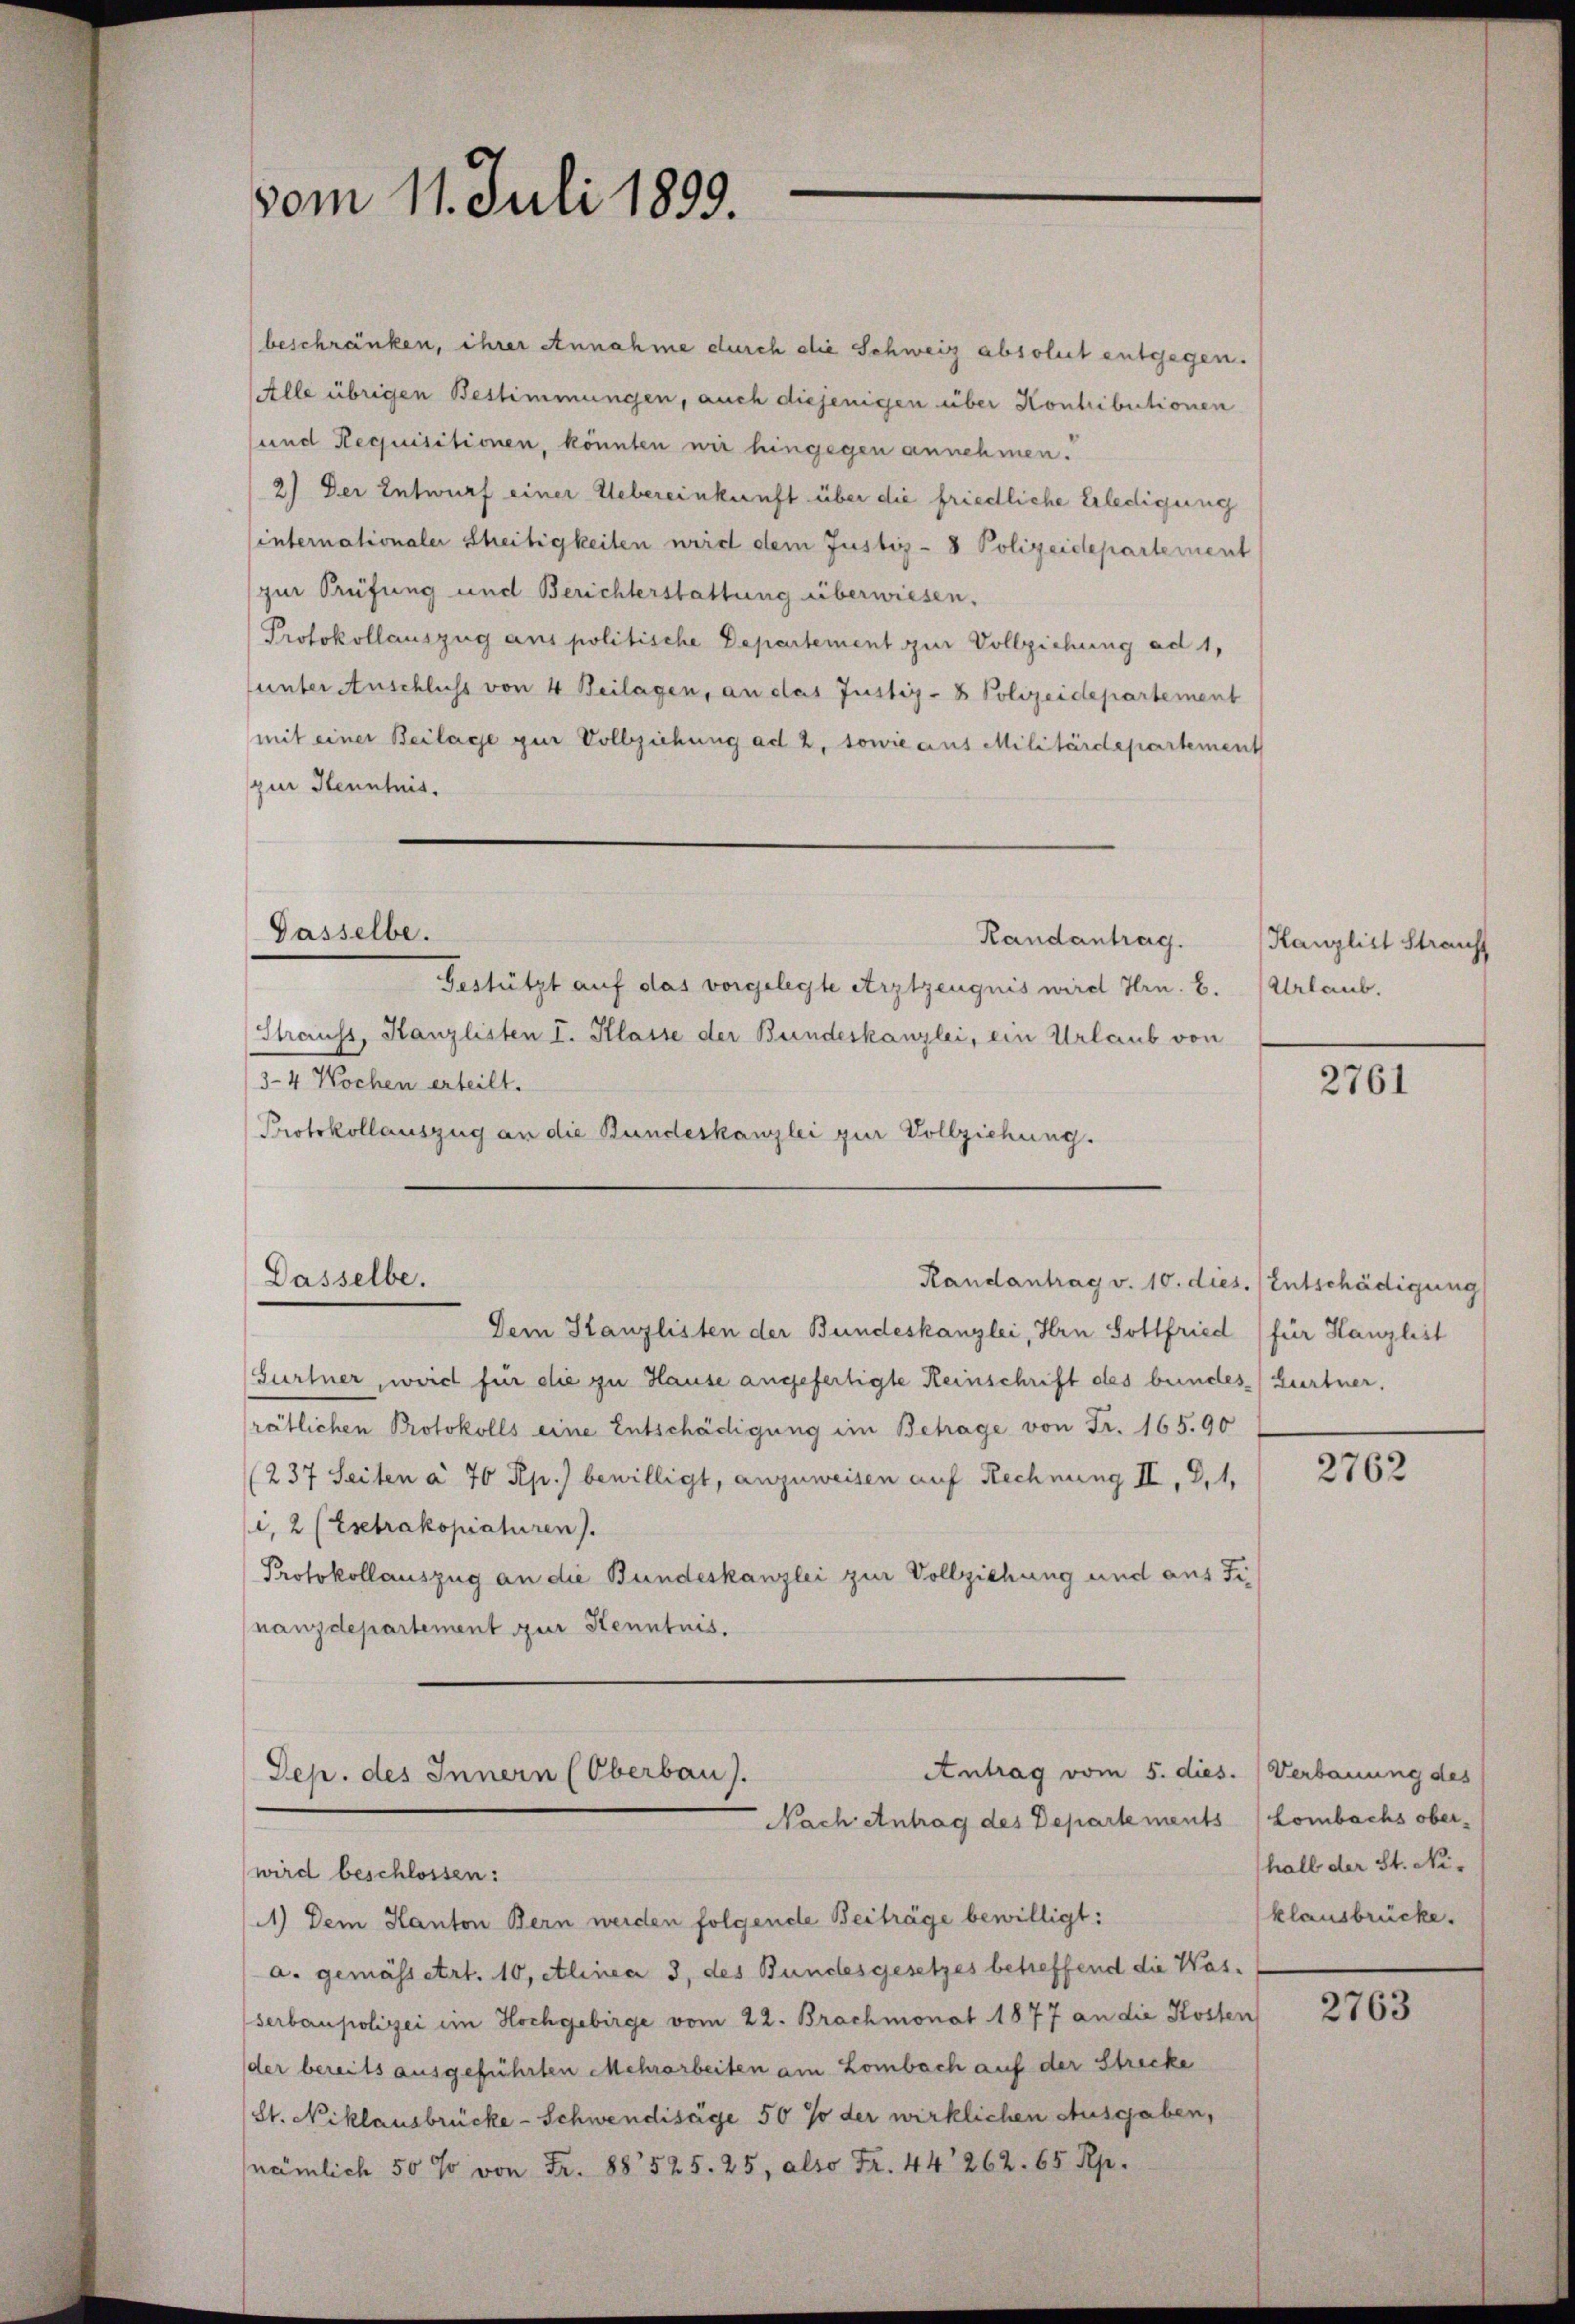
vom 11. Juli 1899.

beschränken, ihrer Annahme durch die Schweiz absolut entgegen.
Alle übrigen Bestimmungen, auch diejenigen über Kontibutionen
und Requisitionen, könnten wir hingegen annehmen.
2) Der Entwurf einer Uebereinkunft über die friedliche Erledigung
internationaler Schreitigkeiten wird dem Justiz - 8 Polizeidepartement
zur Prüfung und Berichterstattung überwiesen.
Protokollauszug aus politische Departement zur Vollziehung ad 1,
unter Anschluss von 4 Beilagen, an das Justiz- & Polizeidepartement
mit einer Beilage zur Vollziehung ad 2, sowie aus Militärdepartement
zur Henntnis.
Gasselbe.
Randantrag.
Gestützt auf das vorgelegte Arztzeugnis wird Hrn. E.
Strauss, Kanzlisten I. Klasse der Bundeskanzlei, ein Urlaub von
3–4 Wochen erteilt.
Protokollauszug an die Bundeskanzlei zur Vollziehung.

Dasselbe.

Dem Kanzlisten der Bundeskanzlei, Hrn. Sollfried für Hanzlist
Gurtner, weid für die zu Hause angefertigte Reinschrift des bundes Lurtner,
rätlichen Protokolls eine Entschädigung im Betrage von Fr. 165. 90
(237 Seiten à 70 Rp.) bewilligt, anzuweisen auf Rechnung II, d. 1,
i, 2 (Esebrakopistiren).
Protokollauszug an die Bundeskanzlei zur Vollziehung und aus Finanzdepartement zur Kenntnis.

Randantrag v. 10. dies. Entschädigung

Antrag vom 5. dies. (Verbauung des
Dep. des Innern (Oberbau).
Nach Antrag des Departements (Lombachs ober¬

wird beschlossen:
1) Dem Kanton Bern werden folgende Beiträge bewilligt:
a. gemässert. 10, etlinea 3, des Bundesgesetzes betreffend die Wasserbaupolizei im Hochgebirge vom 22. Brachmonat 1877 an die Kosten
der bereits ausgeführten Mehrarbeiten am Lombach auf der Strecke
St. Niklausbrücke - Schwendisage 50 % der wirklichen Ausgaben,
nämlich 50 so von Fr. 88525. 25, also Fr. 44 262. 65 Rp.

Hanzlist Strauf
Urlaub.

2761

2762

hall der St. Niklausbrücke.

2763